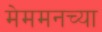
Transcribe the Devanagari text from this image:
मेममनच्या